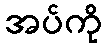
အပ်ကို